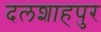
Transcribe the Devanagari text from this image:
दलशाहपुर